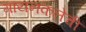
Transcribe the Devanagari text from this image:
गायनकलेची